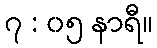
၇ : ၀၅ နာရီ။